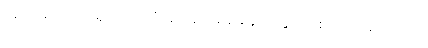
အကျိုးယုတ်ဖို့ရှိတယ်လို့ ချင့်ချင့်ချိန်ချိန် တွေးပေးလို့ရသေးတယ်။